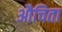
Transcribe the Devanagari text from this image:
औचिता